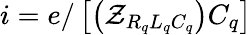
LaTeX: i=e/\left[\left(\mathcal{Z}_{R_{q}L_{q}C_{q}}\right)C_{q}\right]